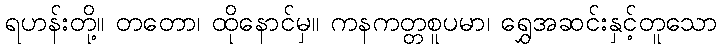
ရဟန်းတို့။ တတော၊ ထိုနောင်မှ။ ကနကတ္တစူပမာ၊ ရွှေအဆင်းနှင့်တူသော